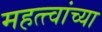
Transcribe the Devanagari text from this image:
महत्त्वांच्या